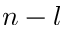
n - l